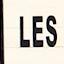
les